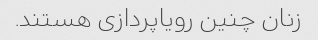
زنان چنین رویاپردازی هستند.